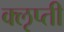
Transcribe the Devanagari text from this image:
क्‍ऌप्ती